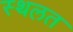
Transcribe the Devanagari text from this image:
स्थलत